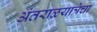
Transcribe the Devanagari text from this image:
अंतराळयात्रेचा